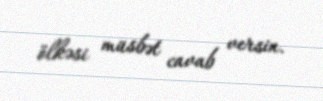
ölkəsi müsbət cavab versin.